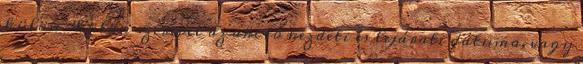
külön-külön szerepel az akció kezdeti és lejárati dátuma, vagy